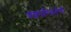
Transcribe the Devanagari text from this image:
वंशपरिवर्तनों